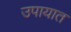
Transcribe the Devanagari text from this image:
उपायात